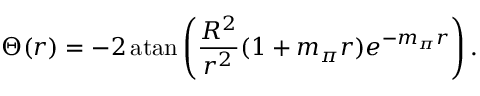
\Theta ( r ) = - 2 \, \mathrm { a t a n } \left( { \frac { R ^ { 2 } } { r ^ { 2 } } } ( 1 + m _ { \pi } r ) e ^ { - m _ { \pi } r } \right) .